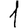
Digit: 1